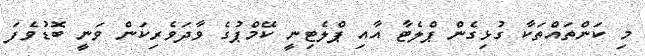
މި ކަންތައްތަކާ ގުޅިގެން ޕްލެޓާ އާއި ޕްލެޓިނީ ކޭމްޕުގެ ވާދަވެރިކަން ވަނީ ބޮޑުވެފަ